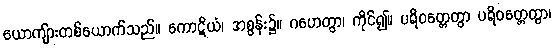
ယောကျ်ားတစ်ယောက်သည်။ ကောဋိယံ၊ အစွန်း၌။ ဂဟေတွာ၊ ကိုင်၍။ ပရိဝတ္တေတွာ ပရိဝတ္တေတွာ၊